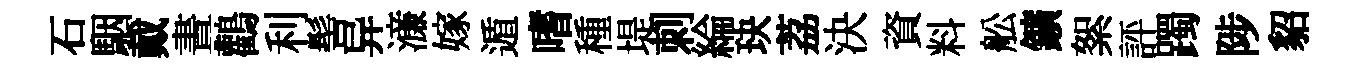
石駰戴晝鸛利髻异濓嫁遁嗜種堤刺綸玦荔決資料舩鑛絮評躅陟貂